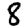
Digit: 8